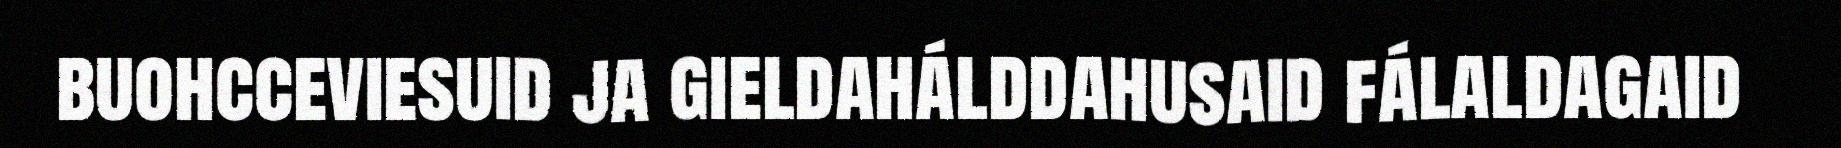
buohcceviesuid ja gieldahálddahusaid fálaldagaid